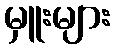
မှူးများ